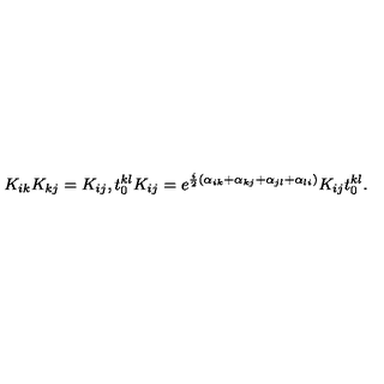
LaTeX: K _ { i k } K _ { k j } = K _ { i j } , t _ { 0 } ^ { k l } K _ { i j } = e ^ { { \frac { i } { 2 } } ( \alpha _ { i k } + \alpha _ { k j } + \alpha _ { j l } + \alpha _ { l i } ) } K _ { i j } t _ { 0 } ^ { k l } .